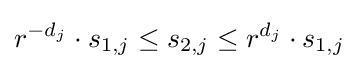
r^{-d_{j}}\cdot s_{1,j}\leq s_{2,j}\leq r^{d_{j}}\cdot s_{1,j}